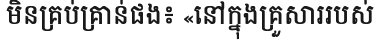
មិនគ្រប់គ្រាន់ផង៖ «នៅក្នុងគ្រួសាររបស់